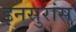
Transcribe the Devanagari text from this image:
इनसुरांस